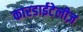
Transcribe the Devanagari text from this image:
कारडाईटेलीज़